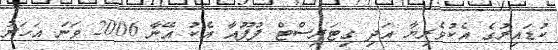
ކުޑައިރުގެ އެކުވެރިޔާ އަދި ގިޓަރިސްޓް ފުފޫއާ އެކު އޭނާ 2006 ވަނަ އަހަރު